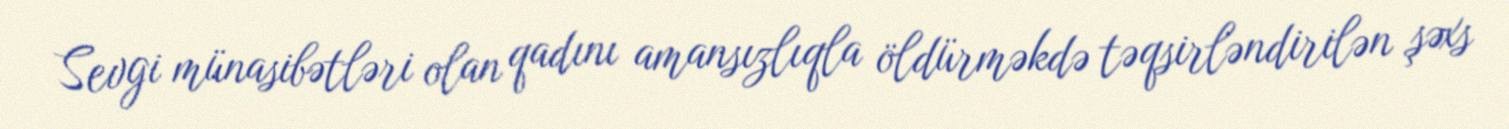
Sevgi münasibətləri olan qadını amansızlıqla öldürməkdə təqsirləndirilən şəxs